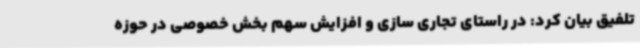
تلفیق بیان کرد: در راستای تجاری سازی و افزایش سهم بخش خصوصی در حوزه